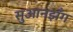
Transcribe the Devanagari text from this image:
सुआनझँग